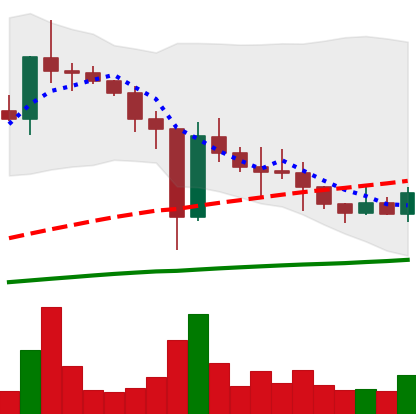
Ticker: XLM-USD
Chart end date: 2021-01-03
Forward return: 121.983%
Label: up_7plus